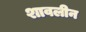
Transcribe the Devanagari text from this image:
शावलीन